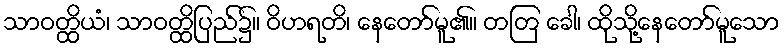
သာဝတ္ထိယံ၊ သာဝတ္ထိပြည်၌။ ဝိဟရတိ၊ နေတော်မူ၏။ တတြ ခေါ၊ ထိုသို့နေတော်မူသော